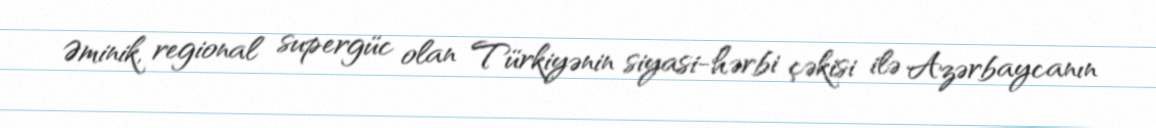
Əminik, regional supergüc olan Türkiyənin siyasi-hərbi çəkisi ilə Azərbaycanın